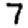
Digit: 7